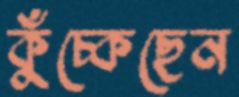
কুঁচ্‌কেছেন